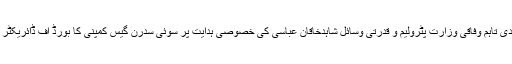
سوئی سدرن گیس کمپنی نے 35ارب روپے کے واجبات کی عدم ادائیگی پر گیس کی فراہمی منقطع کردی تاہم وفاقی وزارت پٹرولیم و قدرتی وسائل شاہدخاقان عباسی کی خصوصی ہدایت پر سوئی سدرن گیس کمپنی کا بورڈ آف ڈائریکٹر آج پیر کو اجلاس میں سوئی سدرن گیس کمپنی کو ایک ماہ کے لیے گیس فراہم کرنے پر غور کرے گا۔